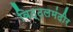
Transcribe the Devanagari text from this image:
विठ्ठलमंदीर